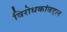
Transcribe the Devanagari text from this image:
विरोधकांबद्दल